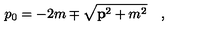
p _ { 0 } = - 2 m \mp \sqrt { { \bf p } ^ { 2 } + m ^ { 2 } } \quad ,